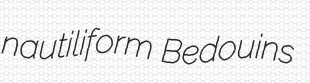
nautiliform Bedouins